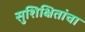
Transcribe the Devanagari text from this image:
सुशिक्षितांचा